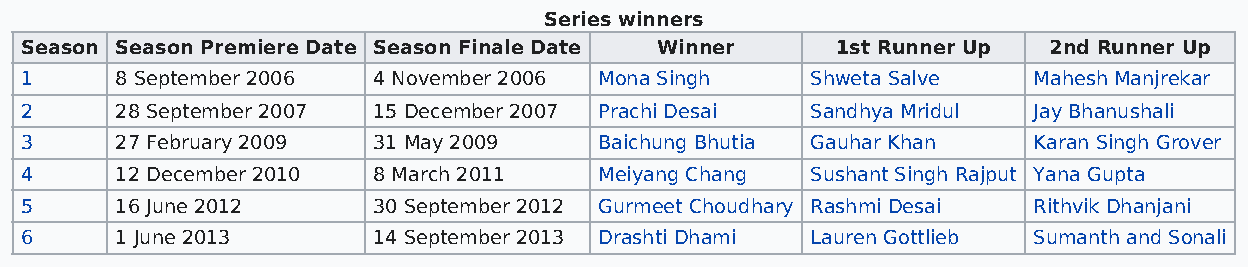
Series winners
 Season Season Premiere Date Season Finale Date Winner 1st Runner Up 2nd Runner Up
 1      8 September 2006 4 November 2006 Mona Singh   Shweta Salve  Mahesh Manjrekar
 2      28 September 2007 15 December 2007 Prachi Desai Sandhya Mridul Jay Bhanushali
 3      27 February 2009 31 May 2009    Baichung Bhutia Gauhar Khan Karan Singh Grover
 4      12 December 2010 8 March 2011   Meiyang Chang Sushant Singh Rajput Yana Gupta
 5      16 June 2012     30 September 2012 Gurmeet Choudhary Rashmi Desai Rithvik Dhanjani
 6      1 June 2013      14 September 2013 Drashti Dhami Lauren Gottlieb Sumanth and Sonali